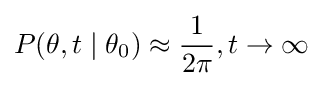
P(\theta ,t\mid \theta _{0})\approx {\frac {1}{2\pi }},t\rightarrow \infty